Vital statistics of India. Vol. IV, Annual returns from 1871 to 1876. British Army of India, Native Army and jails of Bengal
Year: 1871
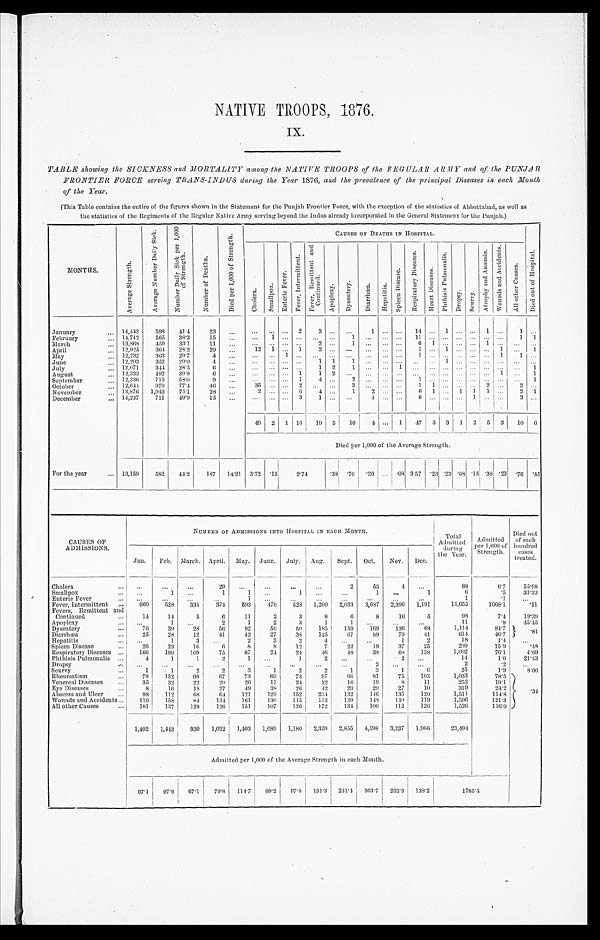
NATIVE TROOPS, 1876.
IX.
TABLE showing the SICKNESS and MORTALITY among the NATIVE TROOPS of the REGULAR ARMY and of the PUNJAB
FRONTIER FORCE servi ng TRANS-INDUS duri ng t he Year1 8 7 6 ,
a n d t h e p r e v a l e n c e o f t h e p r i n c i p a l D i s e a s e s i n e a c h M o n t h
of the Year.
(This Table contains the entire of the figures shown in the Statement for the Punjab Frontier Force, with the exception of the statistics of Abbottabad, as well as
the statistics of the Regiments of the Regular Native Army serving beyond the Indus already incorporated in the General Statement for the Punjab.)
MONTHS.
A v e r a g e S t r e n g t h .
A v e r a g e N u m b e r D a i l y S i c k .
N u m b e r D a i l y S i c k p e r 1 , 0 0 0
o f S t r e n g t h .
N u m b e r o f D e a t h s .
D i e d p e r 1 , 0 0 0 o f S t r e n g t h .
CAUSES OF DEATHS IN HOSPITAL.
C h o l e r a . S m a l l p o x .
E n t e r i c F e v e r .
F e v e r , I n t e r m i t t e n t .
F e v e r , R e m i t t e n t a n d
C o n t i n u e d . A p o p l e x y .
D y s e n t e r y .
D i a r r h œ a . H e p a t i t i s .
S p l e e n D i s e a s e . R e s p i r a t o r y D i s e a s e s .
H e a r t D i s e a s e s .
P h t h i s i s P u l m o n a l i s .
D r o p s y .
S c u r v y .
A t r o p h y a n d A n æ m i a .
W o u n d s a n d A c c i d e n t s .
A l l o t h e r C a u s e s .
D i e d o u t o f H o s p i t a l .
January
14,443 598 41.4 23
2 3
1
14
1
1
1
February
14,742 565 38.3 15
1
1
1 1
1 1
March
13,868 459 33.1
1 1
2
1
6 1
1
April
12,925 364 28.2 20
12 1
1 2
1
1
1
1
May
12,232 363 29.7
4
1
1
1 1
June
12,203 352 29.0
4
1 1 1
1
July
12,071 344 28.5
6
1 2 1
1
1
August
12,333 492 39.9
6
1 1 2
1
1
September
12,336 715 58.0
9
1
4
2
1
1
October
12,644 979 77.4 46
35
2
3
1 1
2
2
November
13,876 1,042 75.1 28
2
6 4
1 2
6 1
1 1 1
2 1
December
14,237 711 49.9 15
3
1
1
6
1
3
49 2 1 16 19 5 10 4
1 47 3 3 1 2 5 3 10 6
Died per 1,000 of the Average Strength.
For the year
13,159 582 44.2 187 14.21 3.72 . 1 5 2.74 .38 . 7 6 . 3 0
. 0 8 3. 57 .23 .23
. 0 8 .15 . 3 8 . 2 3 . 7 6 .45
CAUSES OF
ADMISSIONS.
NUMBER OF ADMISSIONS INTO HOSPITAL IN EACH MONTH.
Total
Admitted during
the Year.
Admitted
per 1,000 of
Strength.
Died out
of each
hundred cases
treated.
Jan. Feb. March. April. May. June. July. Aug. Sept. Oct. Nov. Dec.
Cholera
29
2 53
4
88
6. 7 55. 68
Smallpox
1
1
1
1
1
1
6
. 5 33. 33
Enteric Fever
1
1
.1
Fever, Intermittent
660 528 335 374 593 470 528 1,260 2,033 3,687 2,396 1,191
14,055
1068. 1
.11
Fevers, Remittent and
Continued
14 14
5
6 11
2
3
8
6
8 16
5
98
7. 4 19. 39
Apoplexy
1
2
1
2
3
1
1
11
.8 45. 45
Dysentery
76 39 28 56 92 56 50 185 159 169 136 68
1,114
84. 7
.81
Diarrhœa
25 28 12 41 42 27 38 125 67 89 79 41
614
46. 7
Hepatitis
1
3
2
3
2
4
1
2
18
1.4
Spl een Di sease
2 6
23 16
6
8
8 12
7 22 1 9
37 25
209
15. 9
. 4 8
Respiratory Diseases
166 199 109
75 67 24 24 46 48 38 68 138
1,002
76. 1
4.69
Phthisis Pulmonalis
4
1
1 2
1
1
2
2
14
1. 0 21. 43
Dropsy
2
2
.2
Scurvy
1
1
2
2
3
1
2
2
1
3
1
6
25
1. 9
8 . 0 0
Rheumatism
78 152 99 67 73 69 73 97 66 81 75 103
1,033
78.5
. 3 4
Venereal Diseases
35 32 22 20 26 17 24 22 16 19
8 11
252
19. 1
Eye Diseases
8 16 18 27 49 38 26 42 29 29 27 10
319
24. 2
Abscess and Ulcer
98 112 68 64 121 129 152 234 132 146 135 120
1,511
114. 8
Wounds and Accidents
110 158 84 134 161 136 115 152 139
1 4 8 149 119
1,596
121. 3
All other Causes
101 137 128 126 151 107 126 172 134 106 112 126
1,526
116. 0
1,402 1,443 930 1,032 1,403 1,089 1,180 2,359 2,855
4 , 5 9 8 3,237 1,966 23,494
Admitted per 1,000 of the Average Strength in each Month.
97.1 97.9 67. 1 79.8 114.7 89. 2 97.8 191.3 231.4 363.7 233. 3 138.2
1 7 8 5 . 4